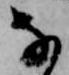
な